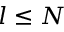
l \leq N